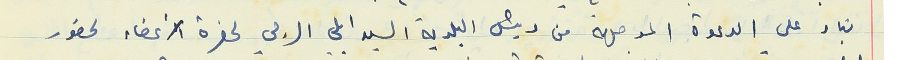
بناء على الدعوة الموجهة من رئيس البلدية السيد ايلي الرجي لحضرة الأعضاء لحضور